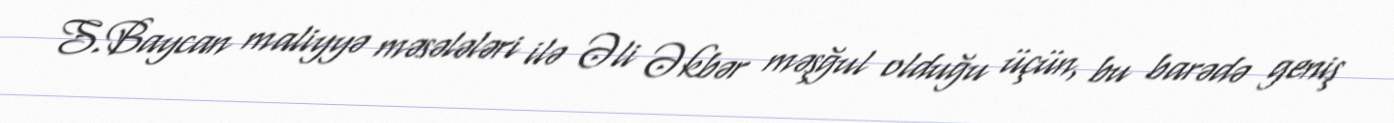
S.Baycan maliyyə məsələləri ilə Əli Əkbər məşğul olduğu üçün, bu barədə geniş